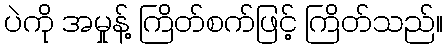
ပဲကို အမှုန့် ကြိတ်စက်ဖြင့် ကြိတ်သည်။